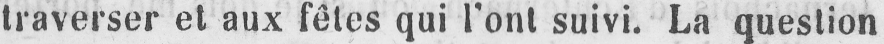
traverser et aux fêtes qui l’ont suivi. La question